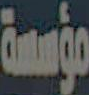
مؤسسة